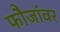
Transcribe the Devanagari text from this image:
फौजांवर